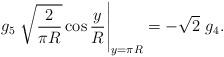
LaTeX: \begin{align*}g_{5} \left. \sqrt{\frac{2}{\pi R}}\cos \frac{y}{R}\right|_{y=\pi R} = -\sqrt{2}\ g_{4}.\end{align*}